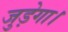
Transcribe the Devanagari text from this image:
जुड़ेगा।